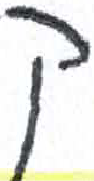
אות: ק